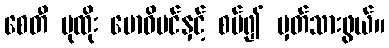
စေတီ ပုထိုး ဗောဓိပင်နှင့် စပ်၍ မှတ်သားဖွယ်။